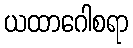
ယထာဂေါစရာ